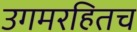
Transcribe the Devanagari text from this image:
उगमरहितच